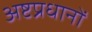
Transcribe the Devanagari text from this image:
अष्टप्रधानों